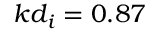
k d _ { i } = 0 . 8 7